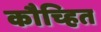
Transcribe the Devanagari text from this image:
कौच्हित